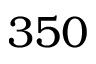
3 5 0